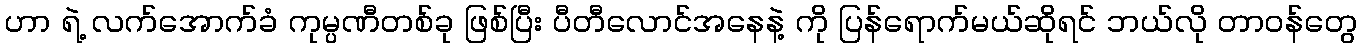
ဟာ ရဲ့ လက်အောက်ခံ ကုမ္ပဏီတစ်ခု ဖြစ်ပြီး ပီတီလောင်အနေနဲ့ ကို ပြန်ရောက်မယ်ဆိုရင် ဘယ်လို တာဝန်တွေ